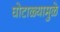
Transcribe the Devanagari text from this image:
घोटाळ्यामुळे